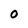
Character: 0